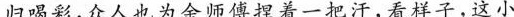
归喝彩，众人也为余师傅担着一把汗，看样子，这小